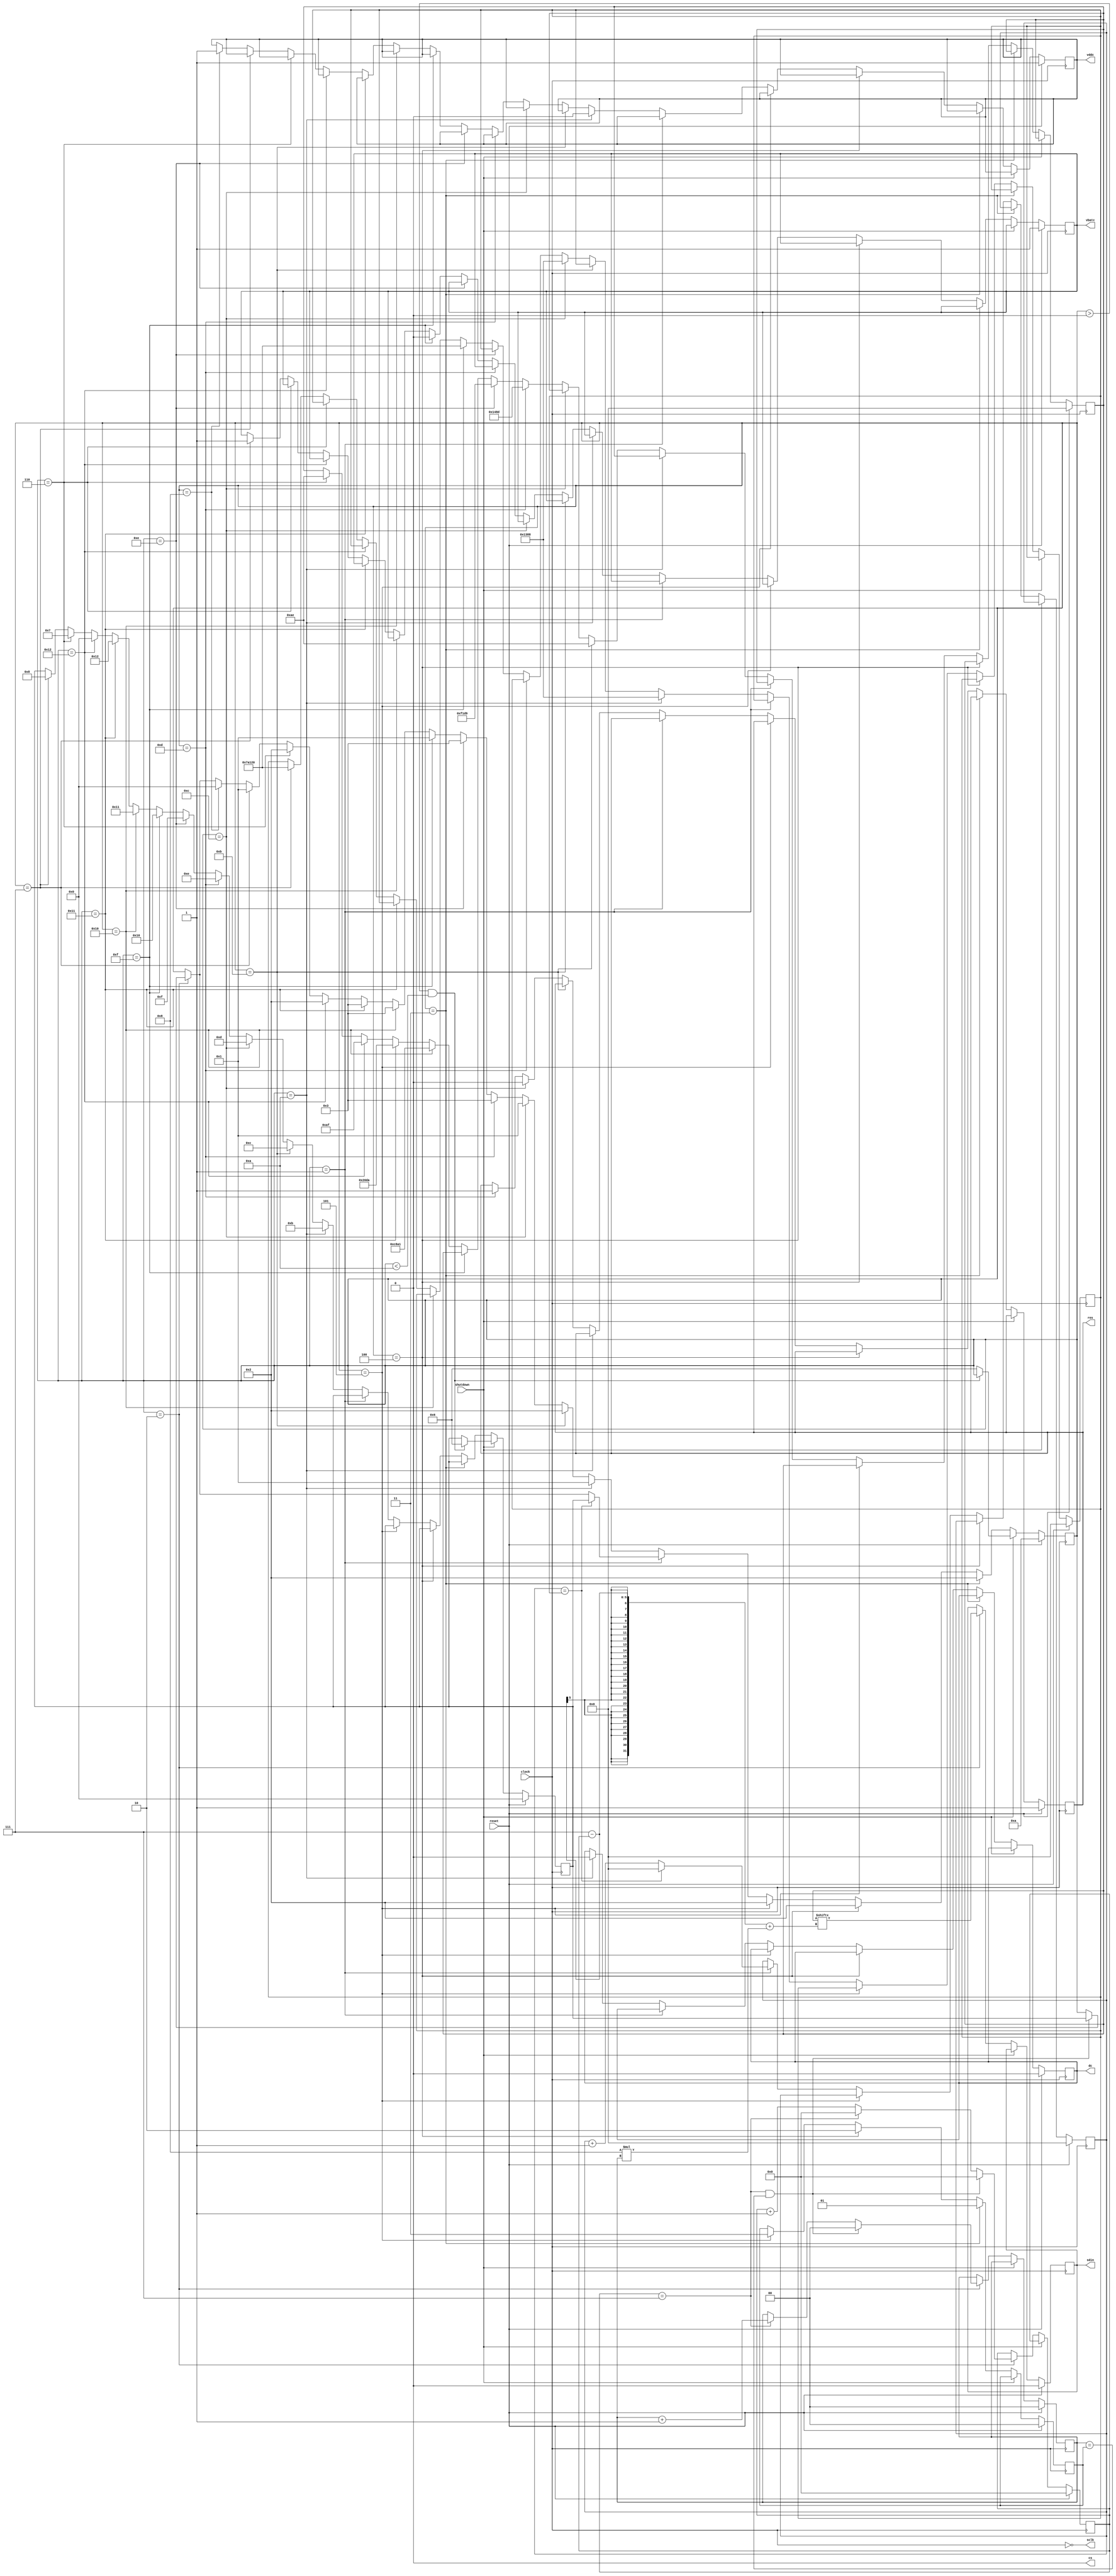
module oled_spi(
  input wire clock,
  input wire reset,
  input wire shutdown,
  output wire cs,
  output reg sdin,
  output wire sclk,
  output reg dc,
  output reg res,
  output reg vbatc,
  output reg vddc
);
  parameter WAIT = 1;
  parameter SEND = 2;  
  parameter SEND2 = 3; 
  parameter SEND3 = 4; 
  parameter SEND4 = 5; 
  parameter STARTUP_1  = 10;
  parameter STARTUP_2  = 11;
  parameter STARTUP_3  = 12;
  parameter STARTUP_4  = 13;
  parameter STARTUP_5  = 14;
  parameter STARTUP_6  = 15;
  parameter STARTUP_7  = 16;
  parameter STARTUP_8  = 17;
  parameter STARTUP_9  = 18;
  parameter SHUTDOWN_1 = 6;
  parameter SHUTDOWN_2 = 7;
  parameter SHUTDOWN_3 = 8;
  reg [31:0] send_buf;
  reg  [4:0] send_idx;
  reg  [1:0] send_ctr;
  reg  [1:0] send_max;
  reg [31:0] wait_ctr;
  reg [31:0] wait_max;
  reg [7:0] state;
  reg [7:0] next_state;
  always @(posedge clock) begin
    if (reset) begin
      send_buf <= 32'b0;
      send_idx <= 5'b0;
      send_ctr <= 2'b0;
      send_max <= 2'b0;
      wait_ctr <= 32'b0;
      wait_max <= 32'b0;
      state <= STARTUP_1;
      next_state <= 1'b0;
      sdin <= 1'b0;
      dc <= 1'b0;
      res <= 1'b1;
      vddc <= 1'b1;
      vbatc <= 1'b1;
    end
    else if (shutdown) begin
      if (state > 0 && state < 10) begin
        next_state <= SHUTDOWN_1;
      end else begin
        state <= SHUTDOWN_1;
      end
    end
    else begin   
      if (state == SEND) begin
        sdin <= send_buf[(7 - send_idx) + (8 * send_ctr)];
        if (send_idx == 7 && send_ctr == send_max) begin
          send_idx <= 0;
          send_ctr <= 0;
          send_max <= 0;
          state <= next_state;
        end else if (send_idx == 7) begin
          send_idx <= 0;
          send_ctr <= send_ctr + 1;
        end else begin
          send_idx <= send_idx + 1;
        end
      end
      if (state == SEND2) begin
        send_max = 1;
        state <= SEND;
      end
      else if (state == SEND3) begin
        send_max = 2;
        state <= SEND;
      end
      else if (state == SEND4) begin
        send_max = 3;
        state <= SEND;
      end
      else if (state == WAIT) begin
        if (wait_ctr == wait_max) begin
          wait_ctr <= 0;
          state <= next_state;
        end else begin
          wait_ctr <= wait_ctr + 1;
        end
      end
      else if (state == STARTUP_1) begin
        dc <= 0;
        vddc <= 0;
        wait_max <= 5000; 
        state <= WAIT;
        next_state <= STARTUP_2;
      end
      else if (state == STARTUP_2) begin
        send_buf <= 8'hAE;
        state <= SEND;
        next_state <= STARTUP_3;
      end
      else if (state == STARTUP_3) begin
        res <= 0;
        wait_max <= 5000; 
        state <= WAIT;
        next_state <= STARTUP_4;
      end
      else if (state == STARTUP_4) begin
        res <= 1;
        send_buf <= 16'h148D;
        state <= SEND2;
        next_state <= STARTUP_5;
      end
      else if (state == STARTUP_5) begin
        send_buf <= 16'hF1D9;
        state <= SEND2;
        next_state <= STARTUP_6;
      end
      else if (state == STARTUP_6) begin
        vbatc <= 0;
        wait_max <= 500000; 
        state <= WAIT;
        next_state <= STARTUP_7;
      end
      else if (state == STARTUP_7) begin
        send_buf <= 16'hC8A1;
        state <= SEND2;
        next_state <= STARTUP_8;
      end
      else if (state == STARTUP_8) begin
        send_buf <= 16'h20DA;
        state <= SEND2;
        next_state <= STARTUP_9;
      end
      else if (state == STARTUP_9) begin
        send_buf <= 8'hAF;
        state <= SEND;
        next_state <= 0; 
      end
      else if (state == SHUTDOWN_1) begin
        send_buf <= 8'hAE;
        state <= SEND;
        next_state <= SHUTDOWN_2;
      end
      else if (state == SHUTDOWN_2) begin
        vbatc <= 1;
        wait_max <= 500000; 
        state <= WAIT;
        next_state <= SHUTDOWN_3;
      end
      else if (state == SHUTDOWN_3) begin
        vddc <= 1;
        state <= 0; 
      end
    end
  end
  assign cs = 0;
  assign sclk = !clock;
endmodule